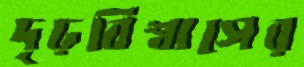
দৃঢ়বিশ্বাসের